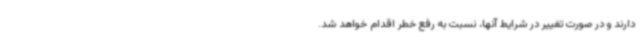
دارند و در صورت تغییر در شرایط آنها، نسبت به رفع خطر اقدام خواهد شد.